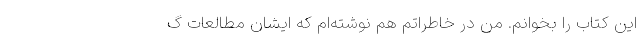
این کتاب را بخوانم. من در خاطراتم هم نوشته‌ام که ‌ایشان مطالعات گ